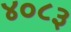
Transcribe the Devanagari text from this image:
४०८३